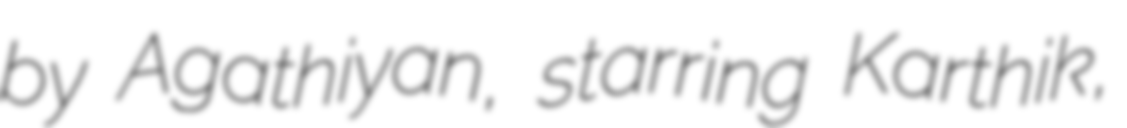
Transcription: by Agathiyan, starring Karthik,